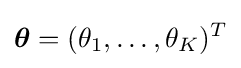
{\boldsymbol {\bf {\theta }}}=(\theta _{1},\ldots ,\theta _{K})^{T}